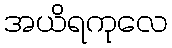
အယိရကုလေ